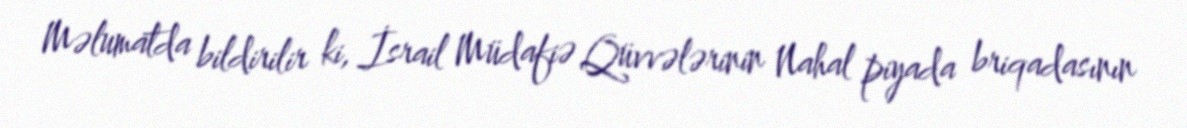
Məlumatda bildirilir ki, İsrail Müdafiə Qüvvələrinin Nahal piyada briqadasının